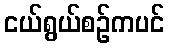
ငယ်ရွယ်စဉ်ကပင်